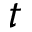
t